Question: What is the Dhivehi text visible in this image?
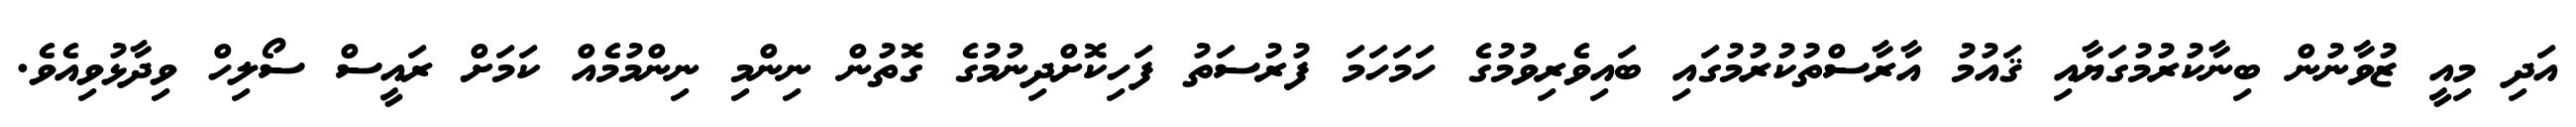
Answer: އަދި މިއީ ޒުވާނުން ބިނާކުރުމުގަޔާއި ޤައުމު އާރާސްތުކުރުމުގައި ބައިވެރިވުމުގެ ހަމަހަމަ ފުރުސަތު ފަހިކޮށްދިނުމުގެ ގޮތުން ނިންމި ނިންމުމެއް ކަމަށް ރައީސް ސޯލިހް ވިދާޅުވިއެވެ.